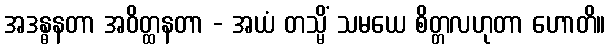
အဒန္ဓနတာ အဝိတ္ထနတာ - အယံ တသ္မိံ သမယေ စိတ္တလဟုတာ ဟောတိ။